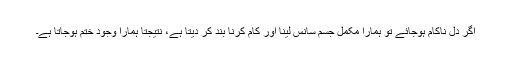
اگر دل ناکام ہوجائے تو ہمارا مکمل جسم سانس لینا اور کام کرنا بند کر دیتا ہے، نتیجتاً ہمارا وجود ختم ہوجاتا ہے۔